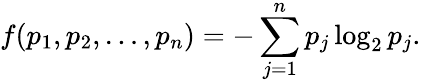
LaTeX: f(p_{1},p_{2},\ldots,p_{n})=-\sum_{j=1}^{n}p_{j}\log_{2}p_{j}.